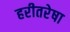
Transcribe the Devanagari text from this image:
हरीतरेषा